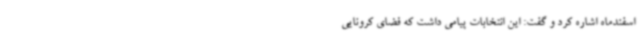
اسفندماه اشاره کرد و گفت: این انتخابات پیامی داشت که فضای کرونایی